DOW-UAP-D49, Launch Summary, Vandenberg AFB, 2000
Agency: Department of War
Incident date: 2/3/00
Page 84
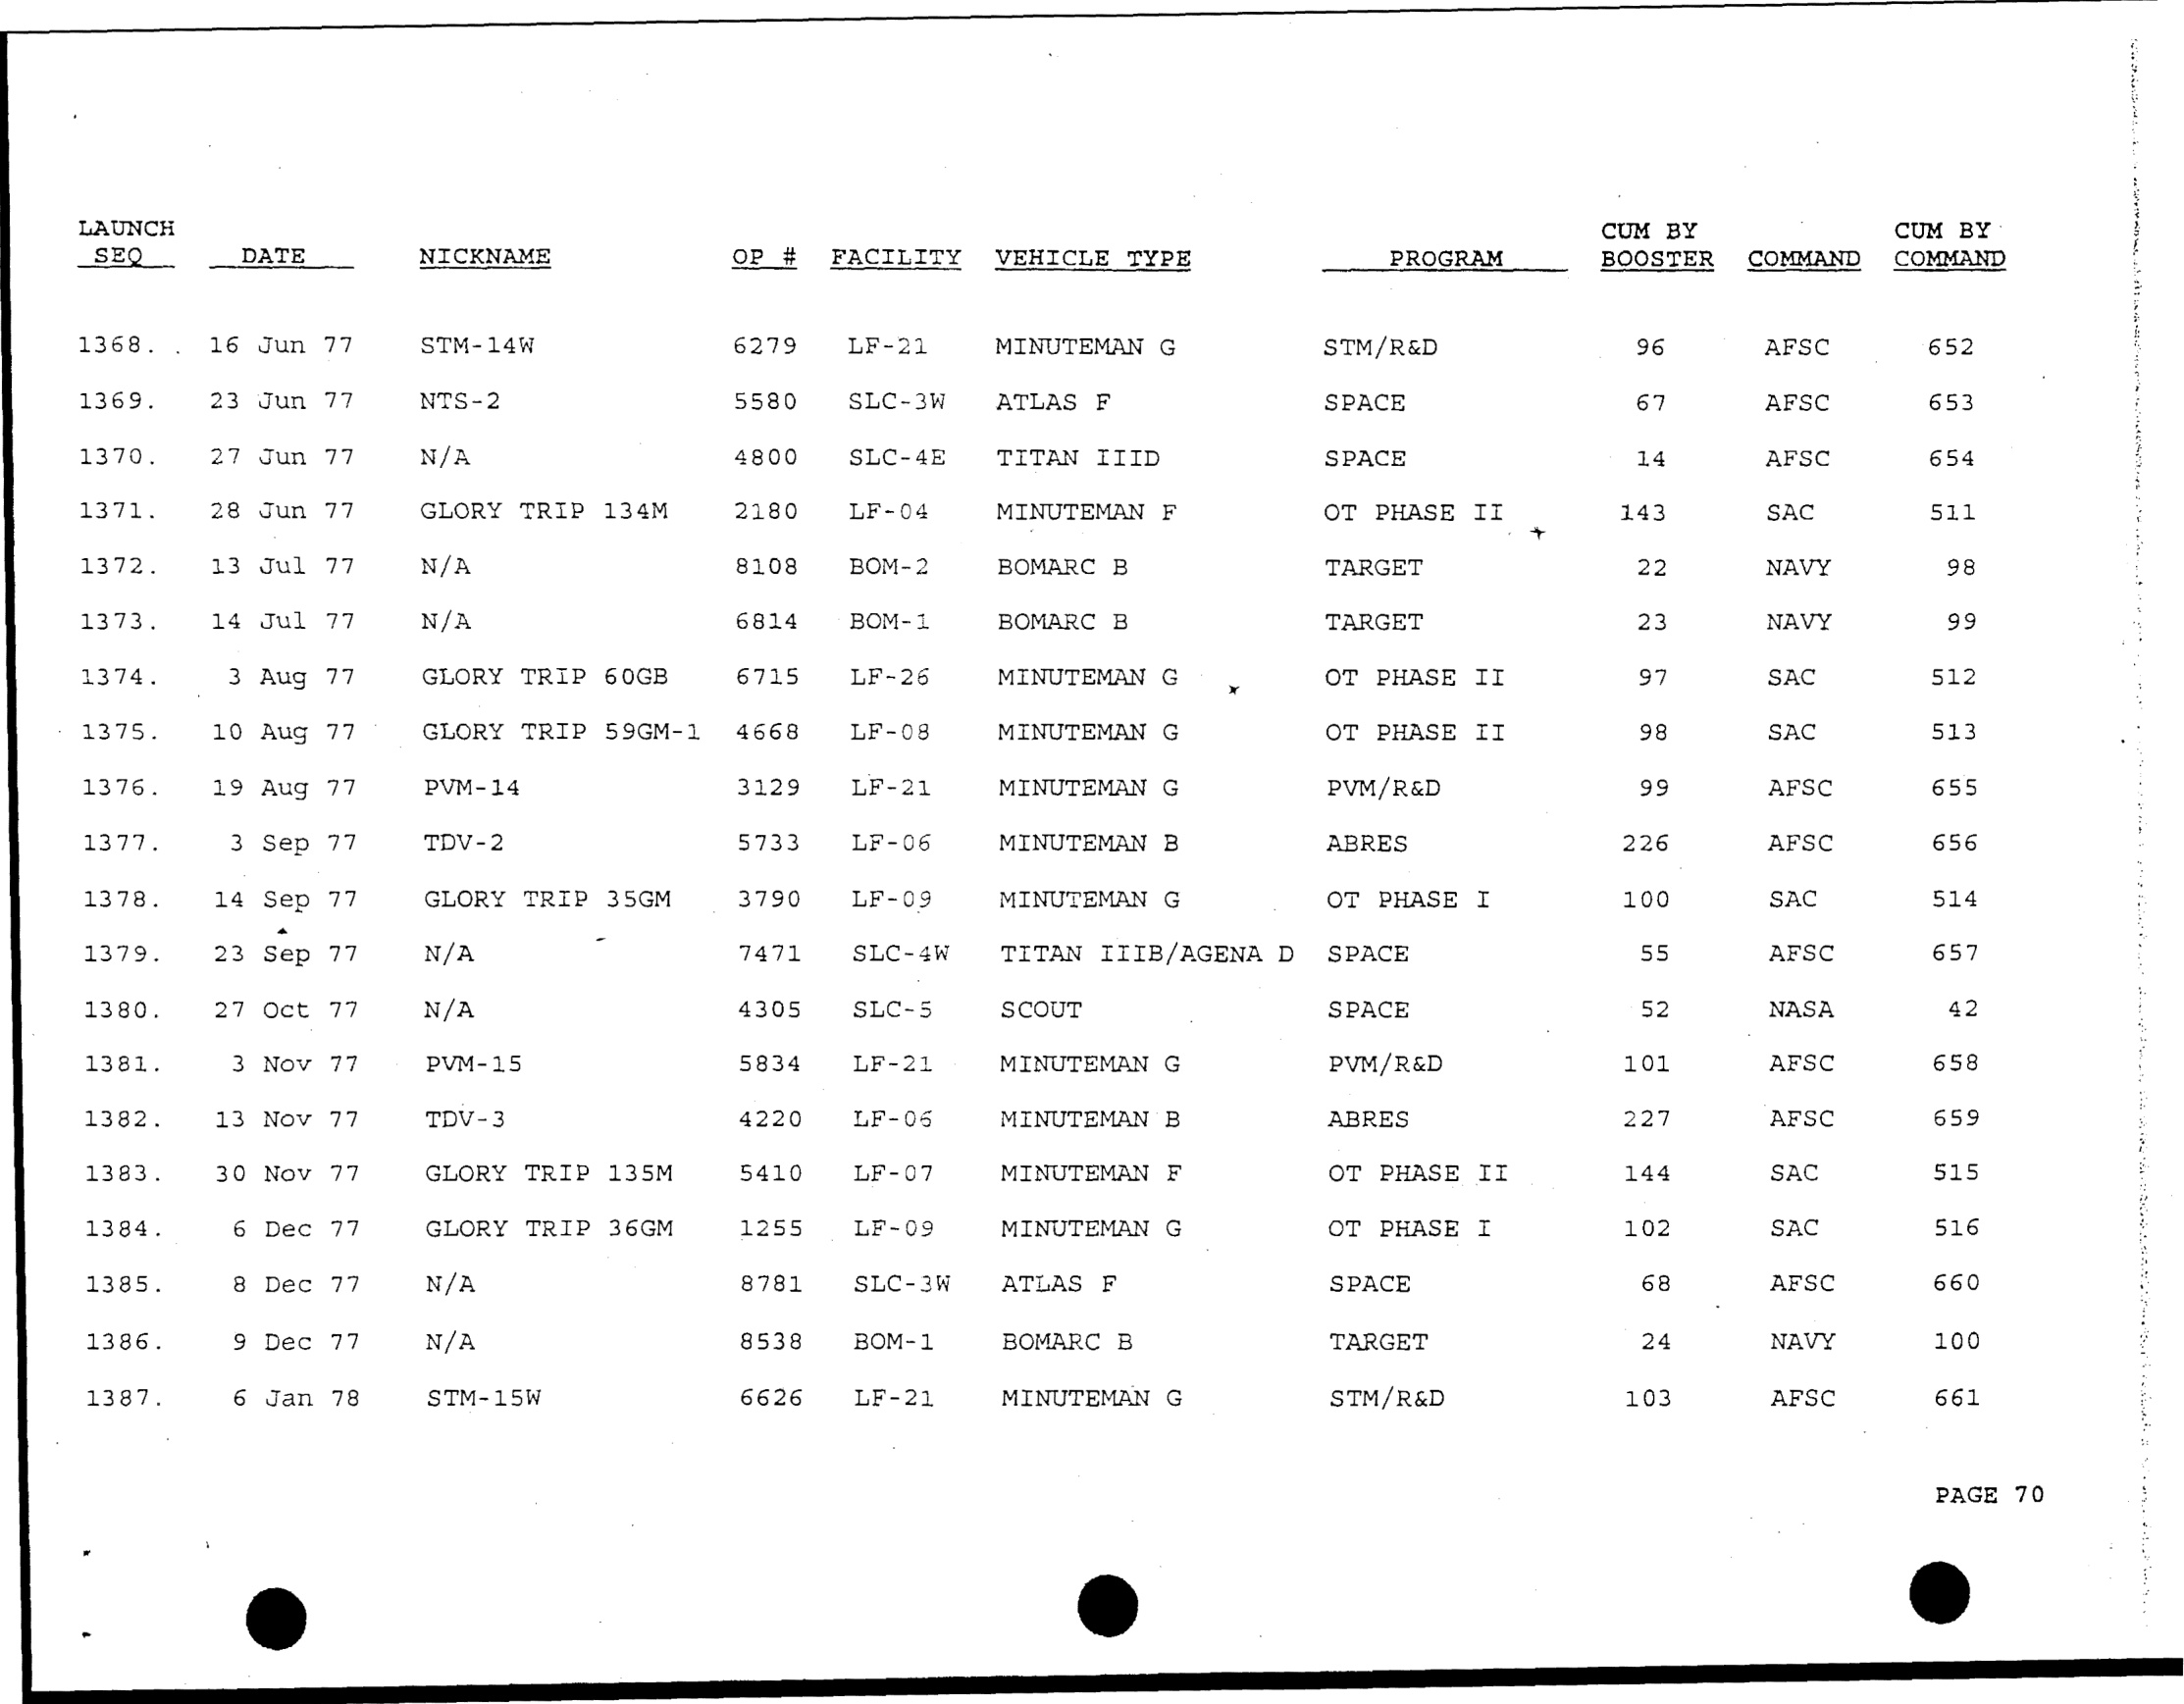